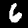
Digit: 6